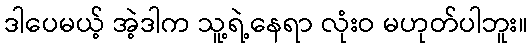
ဒါပေမယ့် အဲ့ဒါက သူ့ရဲ့နေရာ လုံးဝ မဟုတ်ပါဘူး။